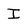
Character: i